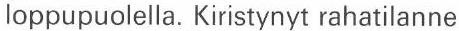
loppupuolella. Kiristynyt rahatilanne